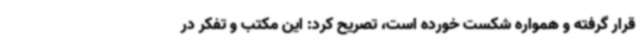
قرار گرفته و همواره شکست خورده است، تصریح کرد: این مکتب و تفکر در